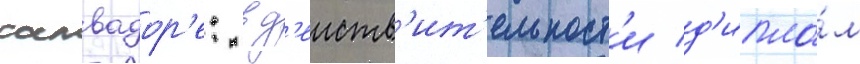
салвадор'е: в д'еиств'ит'ельност'и д'ипло́м